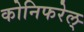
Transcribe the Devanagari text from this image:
कोनिफरेल्